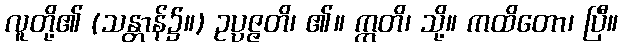
လူတို့၏ (သန္တာန်၌။) ဥပ္ပဇ္ဇတိ၊ ၏။ ဣတိ၊ သို့။ ကထိတော၊ ပြီ။